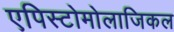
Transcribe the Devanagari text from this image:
एपिस्टोमोलाजिकल